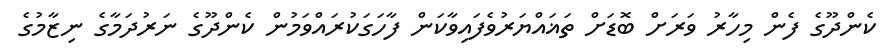
ކެންދޫގެ ފެން މިހާރު ވަރަށް ބޮޑަށް ތަޣައްޔަރުވެފައިވާކަން ފާހަގަކުރައްވަމުން ކެންދޫގެ ނަރުދަމާގެ ނިޒާމުގެ